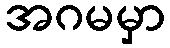
အဂမမှာ